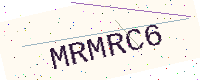
Text: MRMRC6